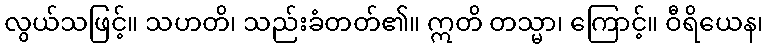
လွယ်သဖြင့်။ သဟတိ၊ သည်းခံတတ်၏။ ဣတိ တသ္မာ၊ ကြောင့်။ ဝီရိယေန၊